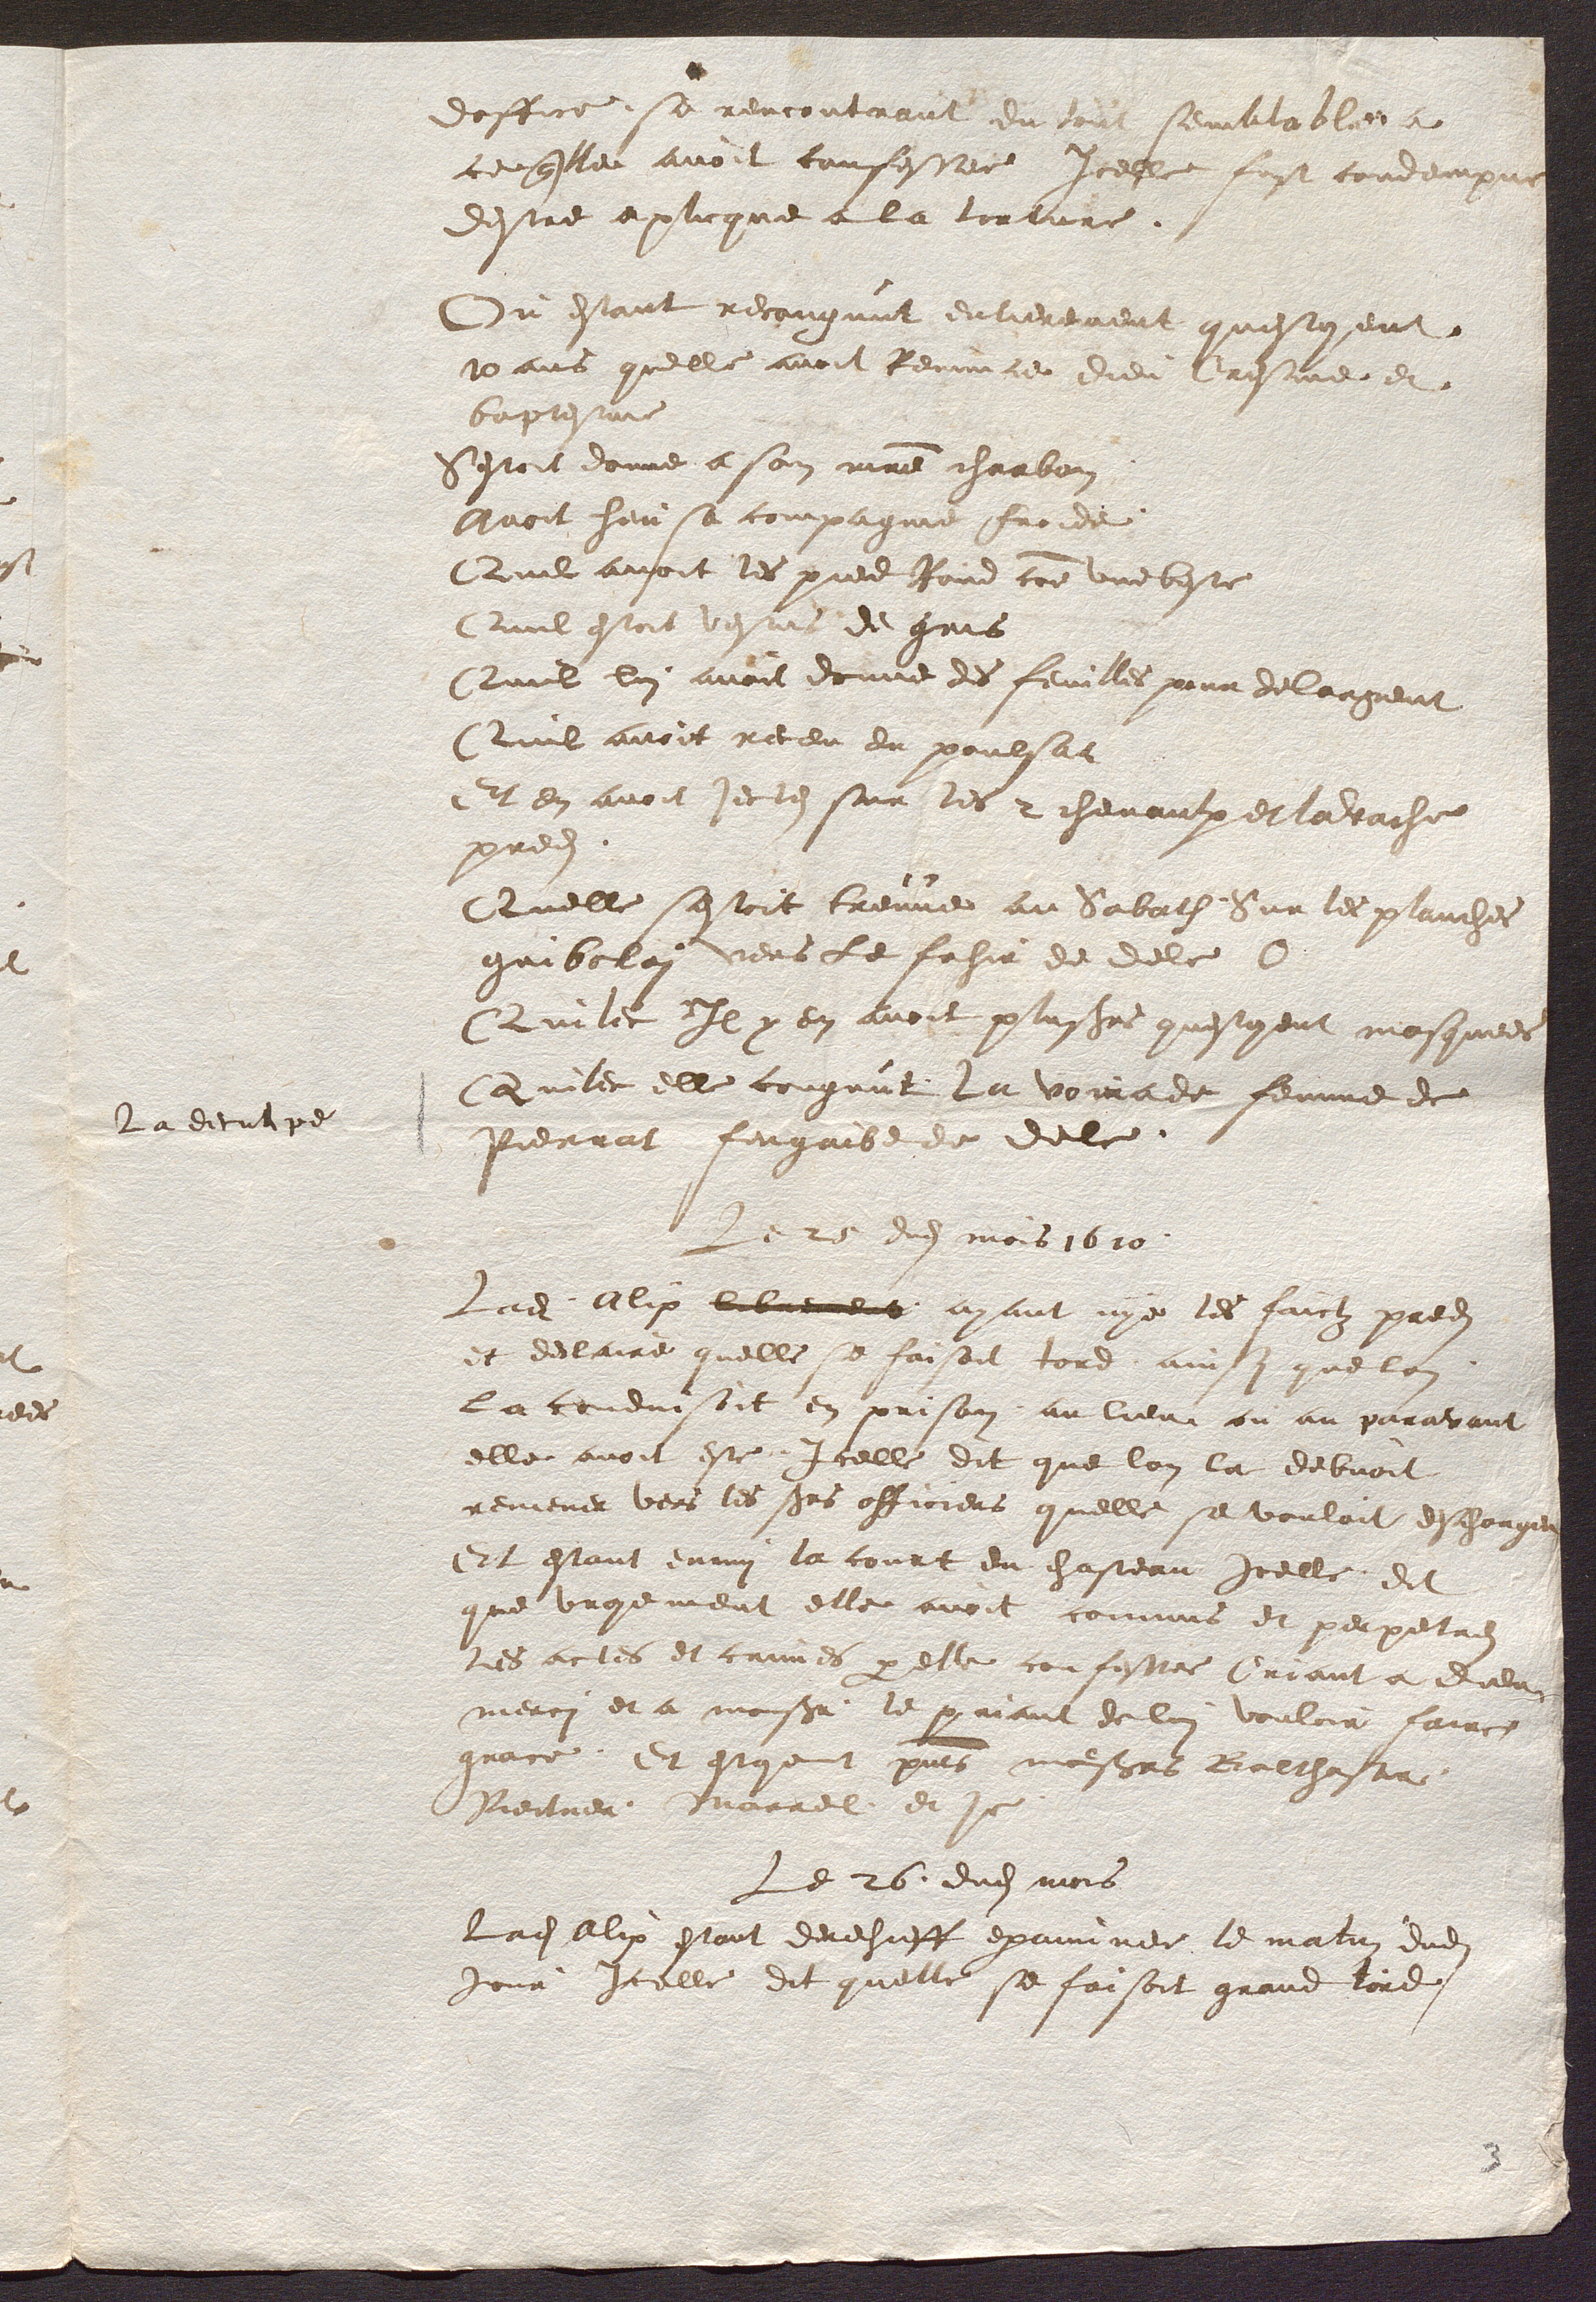
La deculpe

doffice se rencontrant du tout semblable a
ceuquelle avoit confessee Icelle fust condempne
destre aplicque a la torture.
Ou estant recougnut entierement questoient
10 ans quelle avoit renunce dieu Cresme et
baptesme
Sestoit donne a son maitre charbon
Avoit heu sa compagnie froide
Quil avoit les pied Rond comme une beste
Quil estoit vestus de gris
Quil lui avoit donne des feuilles pour delargent
Quil avoit receu du poulsat
Et en avoit jectes sur les 2 chevaulx et la vache
predits
Quelle sestoit treuve au Sabath Sur les planches
Gribolai vers le fahir de dele O
Quilec Il y en avoit plusieurs questoient masquees
Quilec elle cougnut la voirade femme de
Pierrat fongaibe de dele.
Le 25 dudit mois 1610
Ladite Alix librement ayant nye les faictz predits
et declaire quelle se faisoit tord ainsy que lon
la conduisoit en prison au lieu ou au paravant
elle avoit este Icelle dit que lon la debvoit
remener vers les sieurs officiers quelle se vouloit descharger
Et estant enmy la court du chasteau icelle dit
que vroyement elle avoit commis et perpertres
les actes et crimes par elle confessee Criant a dieu
merci et a monseigneur le priant de lui vouloir faire
grace Et estoient presents messieurs Balthasar
Reitner, Marrel et je.
Le 26. dudit mois
Ladite Alix estant derechieff examinee le matin dudit
jour Icelle dit quelle se faisoit grand tord